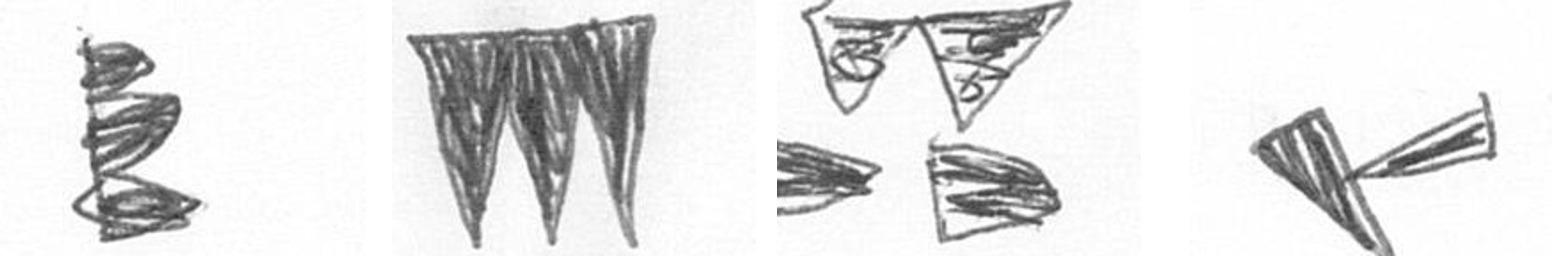
H L B F